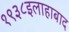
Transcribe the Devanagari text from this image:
१९३८इलाहाबाद